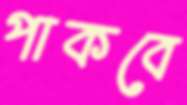
পাকবে